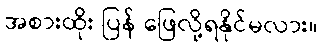
အစားထိုး ပြန် ဖြေလို့ရနိုင်မလား။